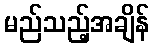
မည်သည့်အချိန်